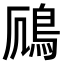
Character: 𫚯